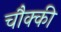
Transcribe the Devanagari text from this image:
चौक्की